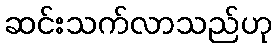
ဆင်းသက်လာသည်ဟု